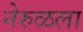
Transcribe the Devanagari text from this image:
नेरुळला